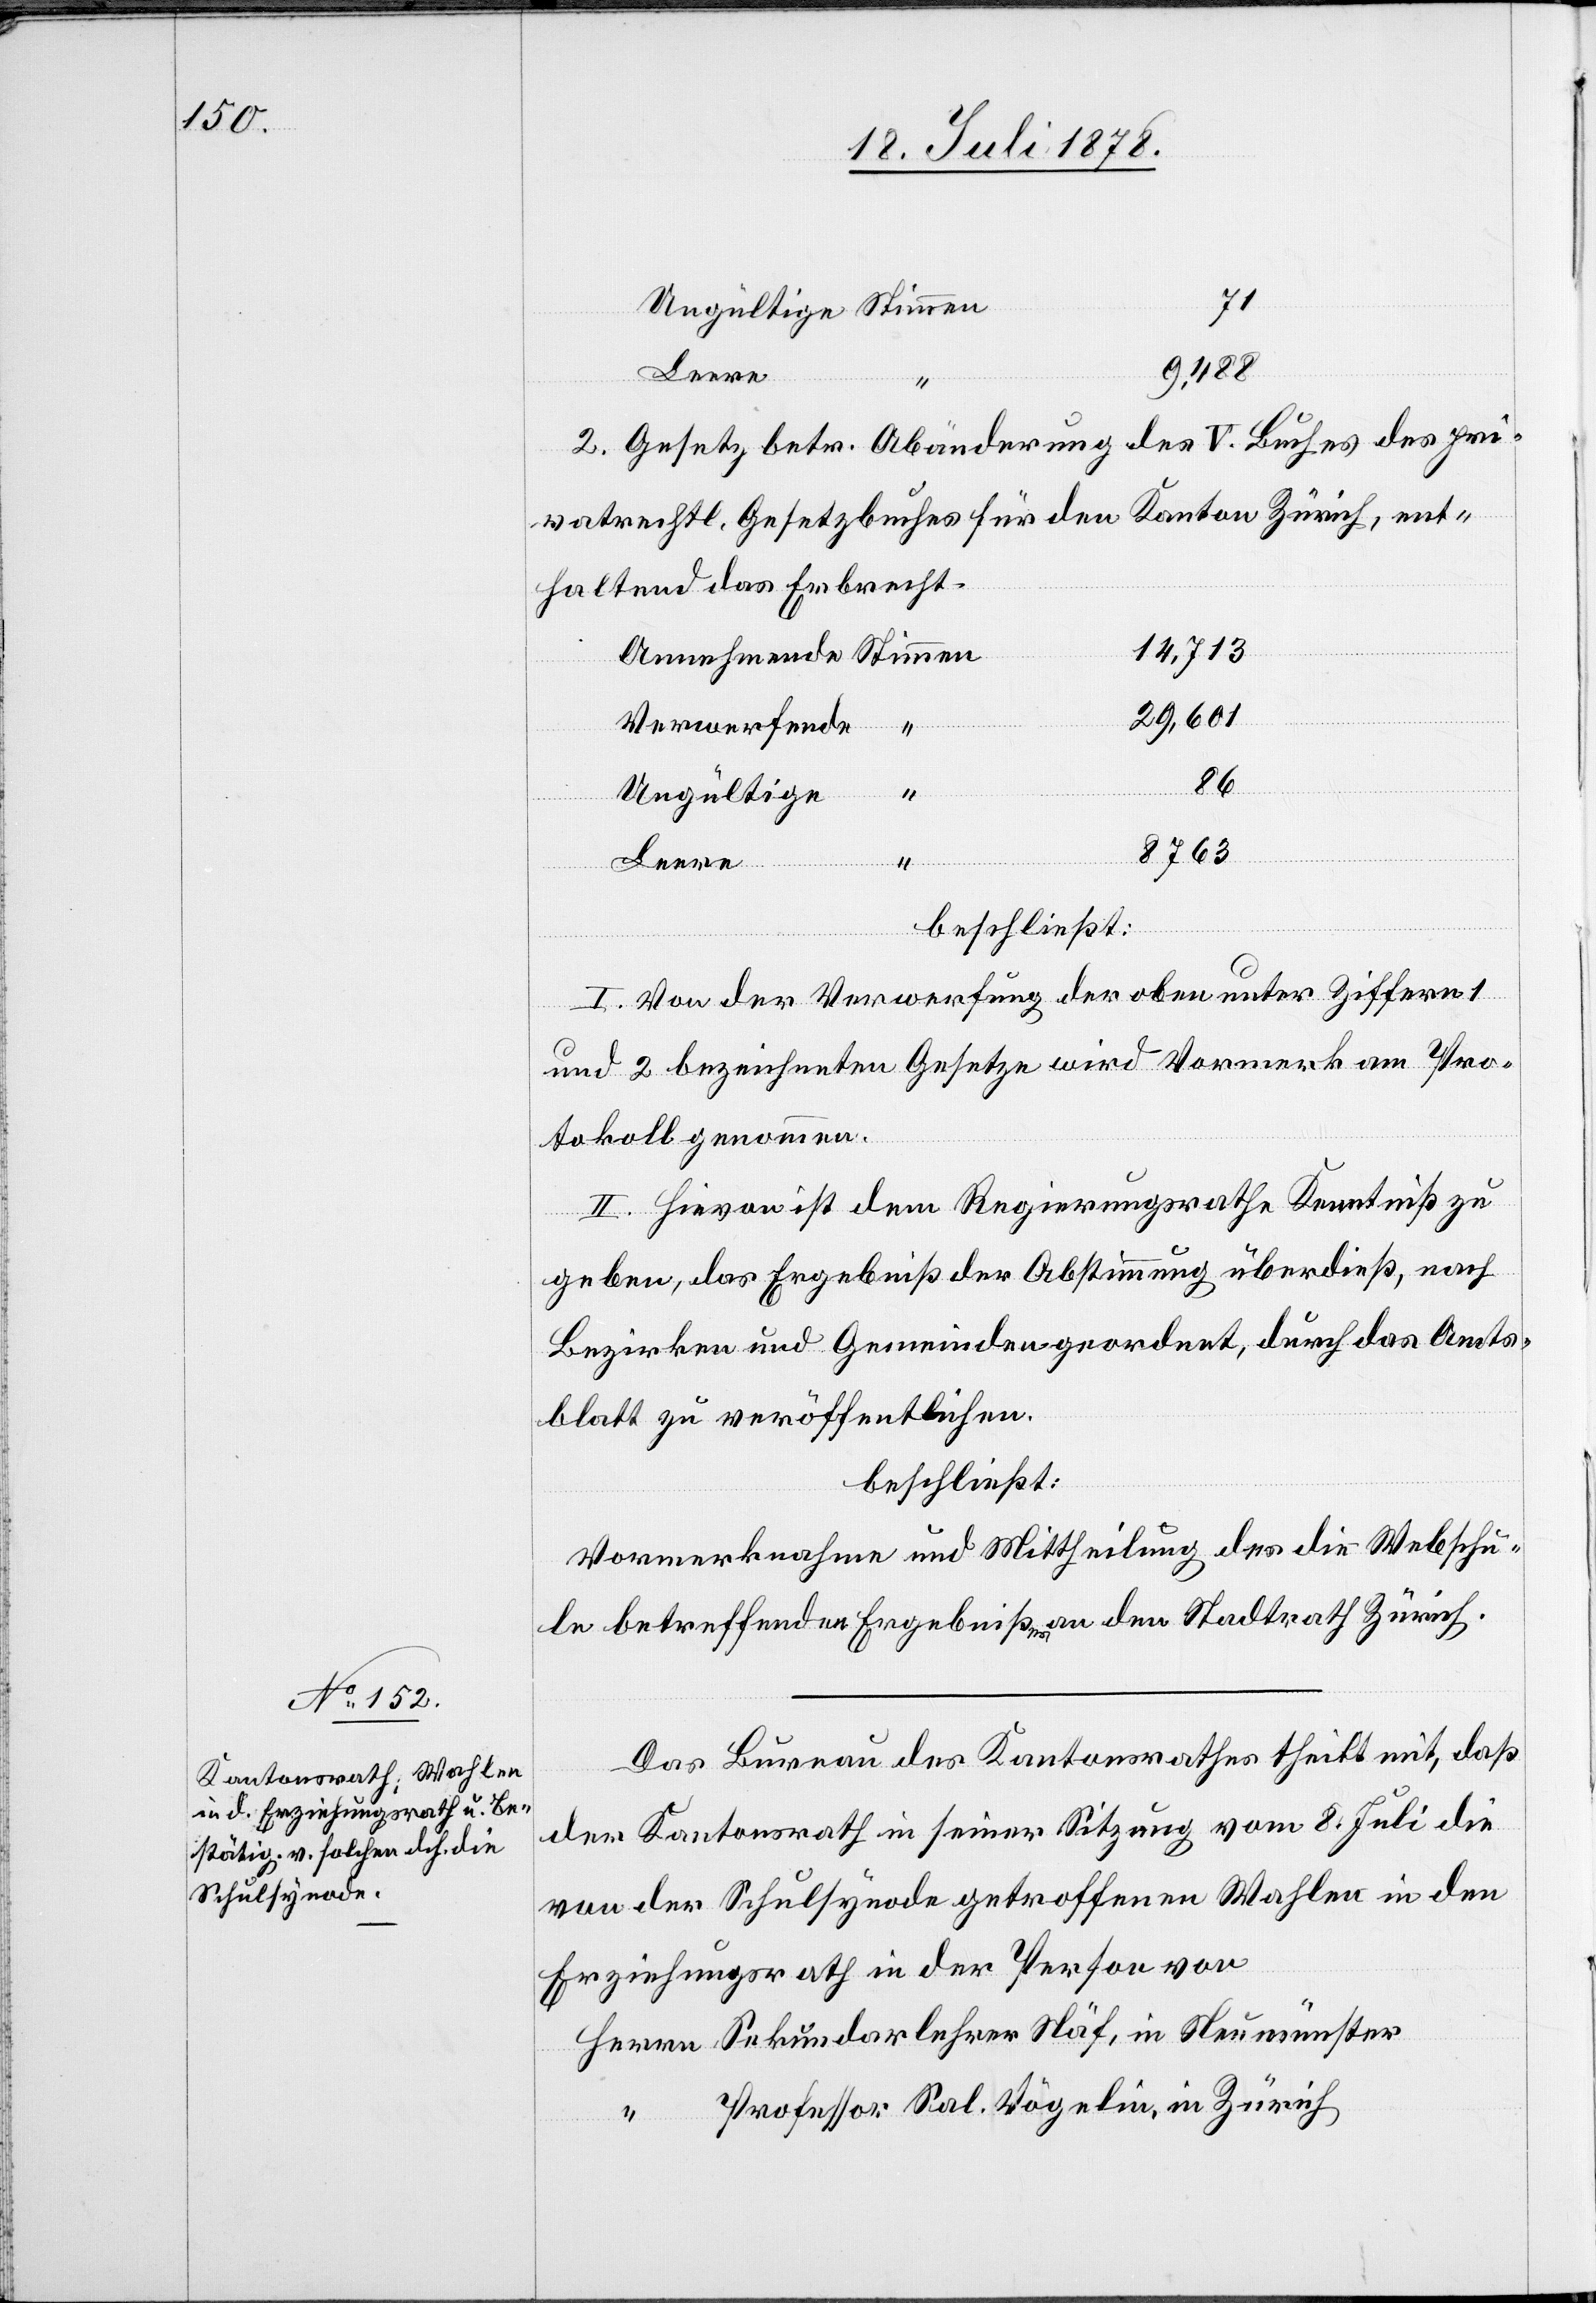
71
Ungültige Stimmen
9,488
2. Gesetz betr. Abänderung des V. Buches des pri¬
vatrechtl. Gesetzbuches für den Kanton Zürich, ent¬
haltend das Erbrecht.
14,713
Annehmende Stimmen
29,601
Verwerfende “
86
Ungültige
8763
Leere “
beschließt:
I. Von der Verwerfung der oben unter Ziffern 1
und 2 bezeichneten Gesetze wird Vormerk am Pro¬
tokoll genommen.
II. Hievon ist dem Regierungsrathe Kenntniß zu
geben, das Ergebniß der Abstimmung überdieß, nach
Bezirken und Gemeinden geordnet, durch das Amts¬
blatt zu veröffentlichen.
beschließt:
Vormerknahme und Mittheilung des die Webschu¬
le betreffenden Ergebnißes an den Stadtrath Zürich.
Das Bureau des Kantonsrathes theilt mit, daß
der Kantonsrath in seiner Sitzung vom 8. Juli die
von der Schulsynode getroffenen Wahlen in den
Erziehungsrath in der Person von
Herrn Sekundarlehrer Näf, in Neumünster
“ Professor Sal. Vögelin, in Zürich